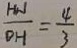
\frac { H n } { O H } = \frac { 4 } { 3 }